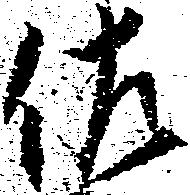
佐